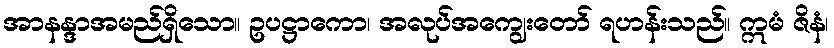
အာနန္ဒာအမည်ရှိသော။ ဥပဋ္ဌာကော၊ အလုပ်အကျွေးတော် ရဟန်းသည်။ ဣမံ ဇိနံ၊